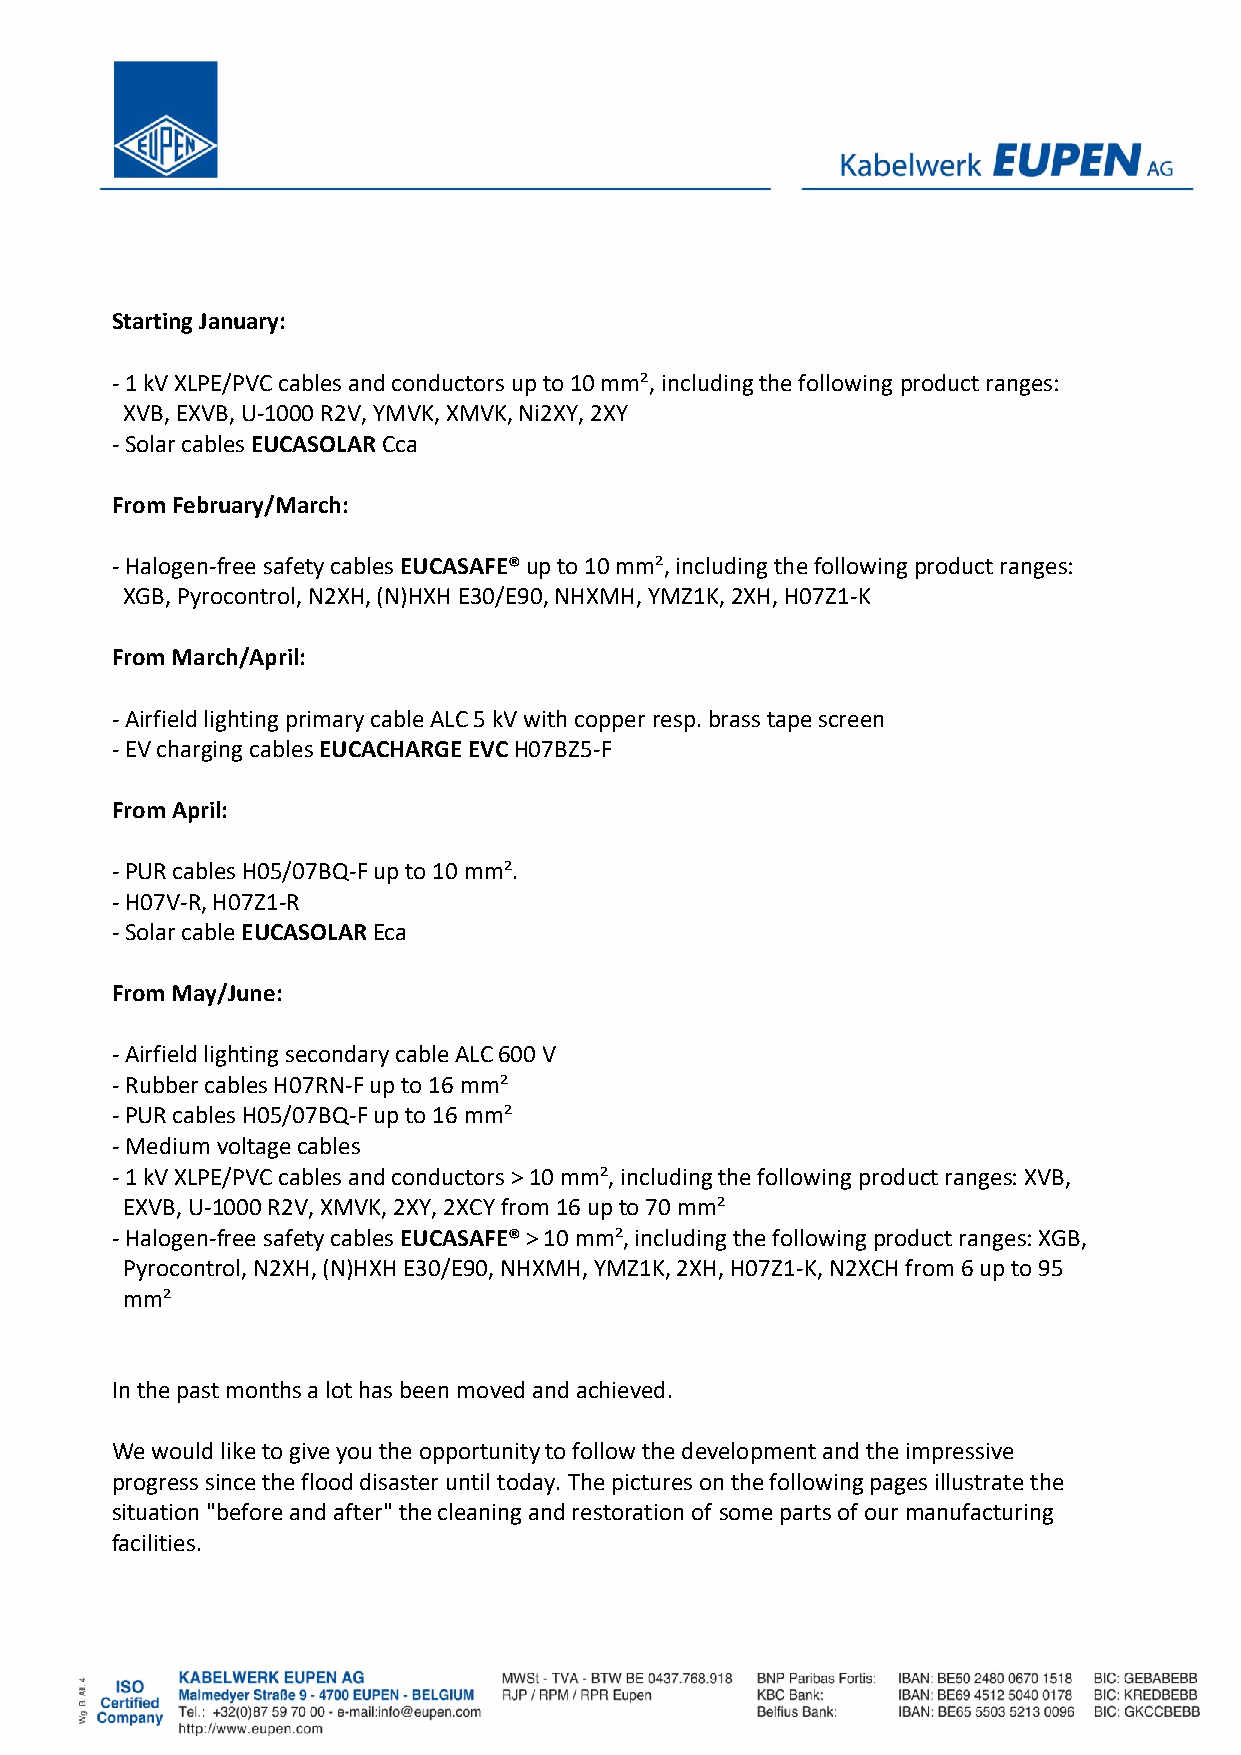
Starting January:
 - 1 kV XLPE/PVC cables and conductors up to 10 mm², including the following product ranges:
 XVB, EXVB, U-1000 R2V, YMVK, XMVK, Ni2XY, 2XY
 - Solar cables EUCASOLAR Cca
 From February/March:
 - Halogen-free safety cables EUCASAFE® up to 10 mm², including the following product ranges:
 XGB, Pyrocontrol, N2XH, (N)HXH E30/E90, NHXMH, YMZ1K, 2XH, H07Z1-K
 From March/April:
 - Airfield lighting primary cable ALC 5 kV with copper resp. brass tape screen
 - EV charging cables EUCACHARGE EVC H07BZ5-F
 From April:
 - PUR cables H05/07BQ-F up to 10 mm².
 - H07V-R, H07Z1-R
 - Solar cable EUCASOLAR Eca
 From May/June:
 - Airfield lighting secondary cable ALC 600 V
 - Rubber cables H07RN-F up to 16 mm²
 - PUR cables H05/07BQ-F up to 16 mm²
 - Medium voltage cables
 - 1 kV XLPE/PVC cables and conductors > 10 mm², including the following product ranges: XVB,
 EXVB, U-1000 R2V, XMVK, 2XY, 2XCY from 16 up to 70 mm²
 - Halogen-free safety cables EUCASAFE® > 10 mm², including the following product ranges: XGB,
 Pyrocontrol, N2XH, (N)HXH E30/E90, NHXMH, YMZ1K, 2XH, H07Z1-K, N2XCH from 6 up to 95
 mm²
 In the past months a lot has been moved and achieved.
 We would like to give you the opportunity to follow the development and the impressive
 progress since the flood disaster until today. The pictures on the following pages illustrate the
 situation "before and after" the cleaning and restoration of some parts of our manufacturing
 facilities.